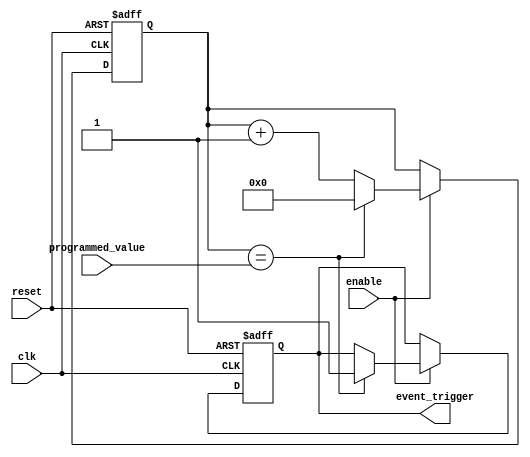
module event_timer (
  input wire clk, //clock input
  input wire reset, //reset input
  input wire enable, //enable input
  input wire [31:0] programmed_value, //programmed value input
  output reg event_trigger //event trigger output
);

reg [31:0] counter; //counter register

always @(posedge clk or posedge reset) begin
  if (reset) begin
    counter <= 0;
    event_trigger <= 0;
  end else if (enable) begin
    if (counter == programmed_value) begin
      event_trigger <= 1;
      counter <= 0;
    end else begin
      counter <= counter + 1;
    end
  end
end

endmodule